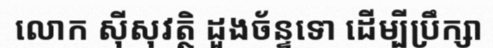
លោក ស៊ីសុវត្ថិ ដួងច័ន្ទទោ ដើម្បីប្រឹក្សា